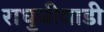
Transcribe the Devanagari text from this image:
राघुचीवाडी